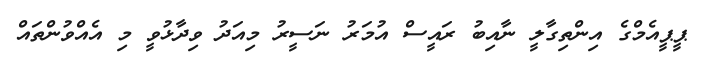
ޕީޕީއެމްގެ އިންތިގާލީ ނާއިބު ރައީސް އުމަރު ނަސީރު މިއަދު ވިދާޅުވީ މި އެއްވުންތައް